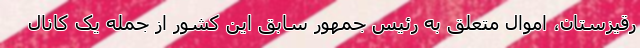
رقیزستان، اموال متعلق به رئیس جمهور سابق این کشور از جمله یک کانال